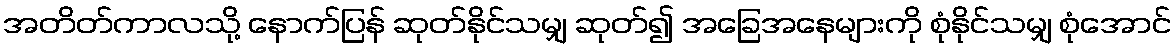
အတိတ်ကာလသို့ နောက်ပြန် ဆုတ်နိုင်သမျှ ဆုတ်၍ အခြေအနေများကို စုံနိုင်သမျှ စုံအောင်